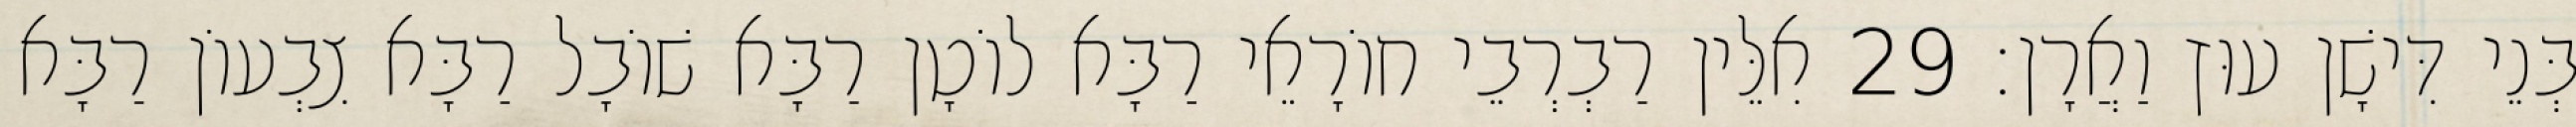
בְּנֵי דִּישָׁן עוּץ וַאֲרָן׃ 29 אִלֵּין רַבְרְבֵי חוֹרָאֵי רַבָּא לוֹטָן רַבָּא שׁוֹבָל רַבָּא צִבְעוֹן רַבָּא